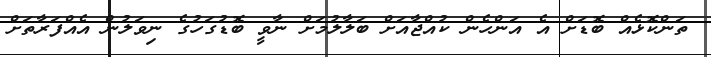
ތަންކޮޅެއް ބޮޑަށް އެ އަންހެން ކުއްޖާއަށް ބަލާލުމަށް ނާވީ ބޮޑުގަހުގެ ނިވަލުން އެއްފަރާތަށް